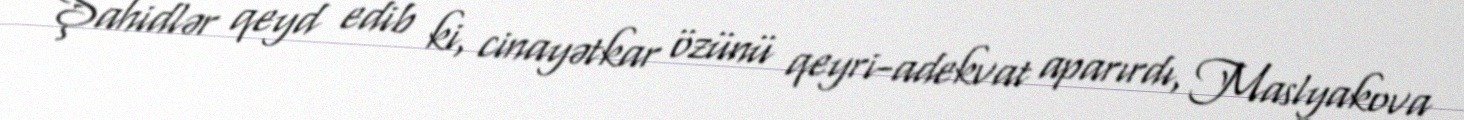
Şahidlər qeyd edib ki, cinayətkar özünü qeyri-adekvat aparırdı, Maslyakova